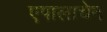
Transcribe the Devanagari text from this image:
एपालाचेन